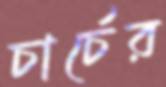
চার্চের